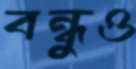
বন্ধুও